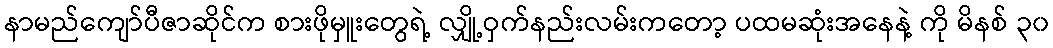
နာမည်ကျော်ပီဇာဆိုင်က စားဖိုမှူးတွေရဲ့ လျှို့ဝှက်နည်းလမ်းကတော့ ပထမဆုံးအနေနဲ့ ကို မိနစ် ၃၀